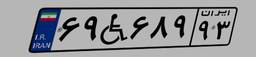
۶۹W۶۸۹۹۳